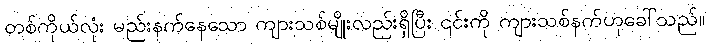
တစ်ကိုယ်လုံး မည်းနက်နေသော ကျားသစ်မျိုးလည်းရှိပြီး ၎င်းကို ကျားသစ်နက်ဟုခေါ်သည်။